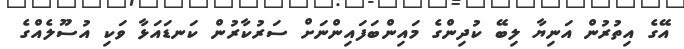
އޭގެ އިތުރުން އަނިޔާ ލިބޭ ކުދިންގެ މައިންބަފައިންނަށް ސަރުކާރުން ކަނޑައަޅާ ވަކި އުސޫލެއްގެ